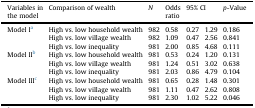
<table><thead><tr><td><b>Variables in the model</b></td><td><b>Comparison of wealth</b></td><td><b><i>N</i></b></td><td><b>Odds ratio</b></td><td colspan="2"><b>95% CI</b></td><td><b><i>p</i>-Value</b></td></tr></thead><tbody><tr><td rowspan="3">Model Ia</td><td>High vs. low household wealth</td><td>982</td><td>0.58</td><td>0.27</td><td>1.29</td><td>0.186</td></tr><tr><td>High vs. low village wealth</td><td>982</td><td>1.09</td><td>0.47</td><td>2.56</td><td>0.841</td></tr><tr><td>High vs. low inequality</td><td>981</td><td>2.00</td><td>0.85</td><td>4.68</td><td>0.111</td></tr><tr><td rowspan="3">Model IIb</td><td>High vs. low household wealth</td><td>981</td><td>0.53</td><td>0.24</td><td>1.20</td><td>0.131</td></tr><tr><td>High vs. low village wealth</td><td>981</td><td>1.24</td><td>0.51</td><td>3.02</td><td>0.638</td></tr><tr><td>High vs. low inequality</td><td>981</td><td>2.03</td><td>0.86</td><td>4.79</td><td>0.104</td></tr><tr><td rowspan="3">Model IIIc</td><td>High vs. low household wealth</td><td>981</td><td>0.65</td><td>0.28</td><td>1.48</td><td>0.301</td></tr><tr><td>High vs. low village wealth</td><td>981</td><td>1.11</td><td>0.47</td><td>2.62</td><td>0.808</td></tr><tr><td>High vs. low inequality</td><td>981</td><td>2.30</td><td>1.02</td><td>5.22</td><td>0.046</td></tr></tbody></table>